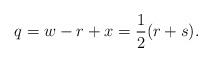
LaTeX: \begin{align*}q = w-r +x = \frac{1}{2}(r + s).\end{align*}